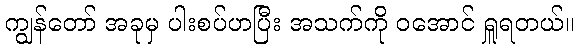
ကျွန်တော် အခုမှ ပါးစပ်ဟပြီး အသက်ကို ဝအောင် ရှူရတယ်။